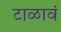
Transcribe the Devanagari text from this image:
टाळावं